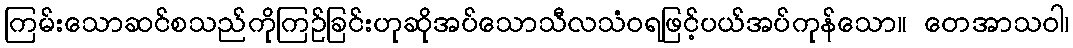
ကြမ်းသောဆင်စသည်ကိုကြဉ်ခြင်းဟုဆိုအပ်သောသီလသံဝရဖြင့်ပယ်အပ်ကုန်သော။ တေအာသဝါ၊